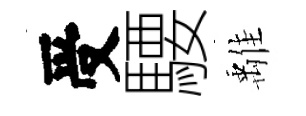
受騕𩀌